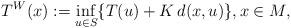
LaTeX: \begin{align*} T^W(x) :=\inf_{u\in S}\{T(u)+K\,d(x,u)\}, x \in M,\end{align*}